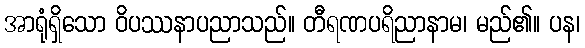
အာရုံရှိသော ဝိပဿနာပညာသည်။ တီရဏပရိညာနာမ၊ မည်၏။ ပန၊